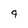
Character: 9